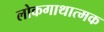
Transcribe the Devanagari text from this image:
लोकगाथात्मक